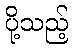
ပို့သည့်